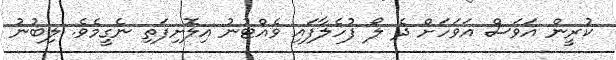
ކުރީން އަވަސް އަވަހަށް ދެ ލޯ ފުހެލާފައި ވެއްޓުނު އިލޮށިފަތި ނެގީމެވެ. ލިބުނު